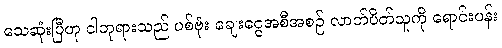
သေဆုံးပြီဟု ငါဘုရားသည် ပစ်ဗုံး ချေးငွေအစီအစဉ် လာဘ်ပိတ်သူကို ရောင်းပန်း